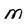
Character: M